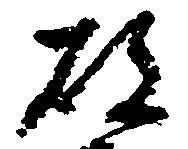
故